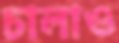
চালাও